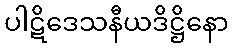
ပါဋိဒေသနီယဒိဋ္ဌိနော